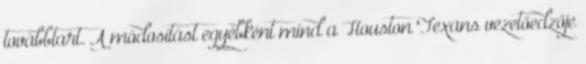
továbbtart. A módosítást egyébként mind a Houston Texans vezetőedzője